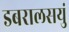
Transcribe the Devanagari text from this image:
डबरालसयुं